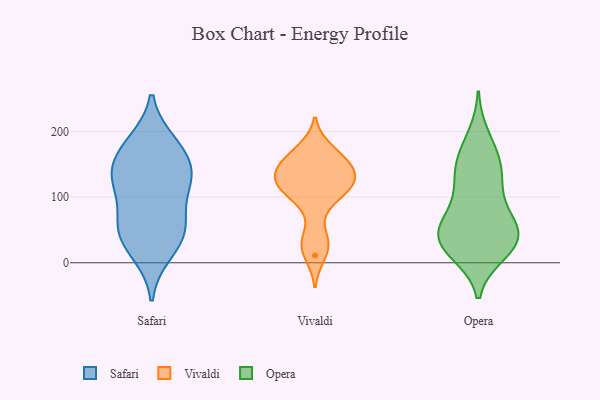
{"axis": {"x": "Tickets Resolved", "y": "Value"}, "legend": ["Opera", "Safari", "Vivaldi"], "data": [{"x": "", "y": 37, "type": "Safari"}, {"x": "", "y": 48, "type": "Safari"}, {"x": "", "y": 129, "type": "Safari"}, {"x": "", "y": 16, "type": "Safari"}, {"x": "", "y": 182, "type": "Safari"}, {"x": "", "y": 164, "type": "Safari"}, {"x": "", "y": 61, "type": "Safari"}, {"x": "", "y": 126, "type": "Safari"}, {"x": "", "y": 121, "type": "Safari"}, {"x": "", "y": 174, "type": "Safari"}, {"x": "", "y": 128, "type": "Safari"}, {"x": "", "y": 61, "type": "Safari"}, {"x": "", "y": 155, "type": "Vivaldi"}, {"x": "", "y": 117, "type": "Vivaldi"}, {"x": "", "y": 139, "type": "Vivaldi"}, {"x": "", "y": 165, "type": "Vivaldi"}, {"x": "", "y": 32, "type": "Vivaldi"}, {"x": "", "y": 136, "type": "Vivaldi"}, {"x": "", "y": 103, "type": "Vivaldi"}, {"x": "", "y": 118, "type": "Vivaldi"}, {"x": "", "y": 124, "type": "Vivaldi"}, {"x": "", "y": 125, "type": "Vivaldi"}, {"x": "", "y": 149, "type": "Vivaldi"}, {"x": "", "y": 173, "type": "Vivaldi"}, {"x": "", "y": 91, "type": "Vivaldi"}, {"x": "", "y": 34, "type": "Vivaldi"}, {"x": "", "y": 11, "type": "Vivaldi"}, {"x": "", "y": 51, "type": "Opera"}, {"x": "", "y": 68, "type": "Opera"}, {"x": "", "y": 27, "type": "Opera"}, {"x": "", "y": 130, "type": "Opera"}, {"x": "", "y": 118, "type": "Opera"}, {"x": "", "y": 32, "type": "Opera"}, {"x": "", "y": 44, "type": "Opera"}, {"x": "", "y": 61, "type": "Opera"}, {"x": "", "y": 159, "type": "Opera"}, {"x": "", "y": 192, "type": "Opera"}, {"x": "", "y": 140, "type": "Opera"}, {"x": "", "y": 94, "type": "Opera"}, {"x": "", "y": 162, "type": "Opera"}, {"x": "", "y": 15, "type": "Opera"}, {"x": "", "y": 34, "type": "Opera"}, {"x": "", "y": 45, "type": "Opera"}, {"x": "", "y": 18, "type": "Opera"}]}